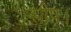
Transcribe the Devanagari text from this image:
सीप।